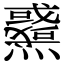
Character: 𤒉